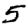
Digit: 5